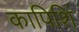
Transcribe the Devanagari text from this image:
कापिशिं